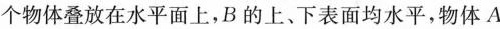
个物体叠放在水平面上，B的上、下表面均水平，物体A